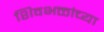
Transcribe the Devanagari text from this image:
शिवभक्तांच्या